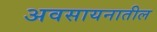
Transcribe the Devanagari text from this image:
अवसायनातील